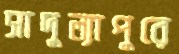
সাদুল্যাপুরে